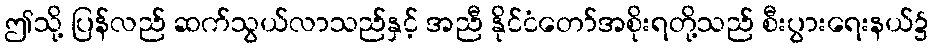
ဤသို့ ပြန်လည် ဆက်သွယ်လာသည်နှင့် အညီ နိုင်ငံတော်အစိုးရတို့သည် စီးပွားရေးနယ်၌